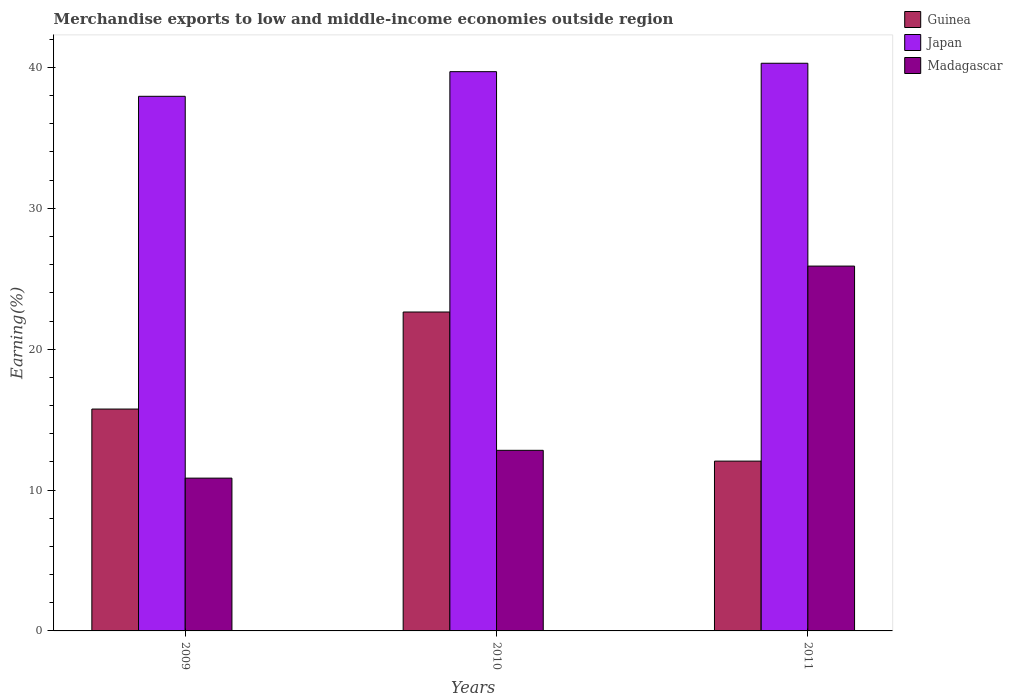
| Years | Guinea | Japan | Madagascar |
 | --- | --- | --- | --- |
 | 2009 | 15.8 | 38 | 10.8 |
 | 2010 | 22.6 | 39.7 | 12.8 |
 | 2011 | 12.1 | 40.3 | 25.9 |